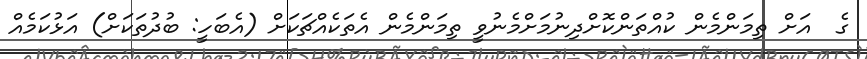
ގެ  އަށް ތިމަންމެން ކުއްތަންކޮށްދިނުމަށްމެނުވީ ތިމަންމެން އެތަކެއްޗަކަށް (އެބަހީ: ބުދުތަކަށް) އަޅުކަމެއް